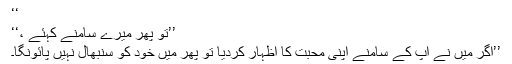
‘‘
’’تو پھر میرے سامنے کہئے ،‘‘
’’اگر میں نے آپ کے سامنے اپنی محبت کا اظہار کردیا تو پھر میں خود کو سنبھال نہیں پائونگا۔